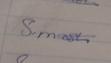
Signature authenticity: genuine